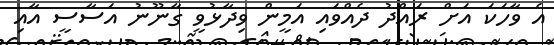
އެ ވާހަކަ އަށް ރައްދު ދެއްވައި އަމީން ވިދާޅުވީ ގާނޫނު އަސާސީ އާއި